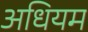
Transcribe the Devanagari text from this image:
अधियम